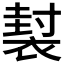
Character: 𧛜